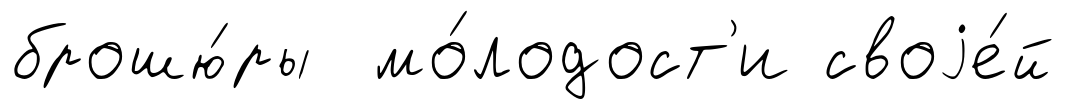
брошю́ры мо́лодост'и своjе́й